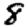
Digit: 8